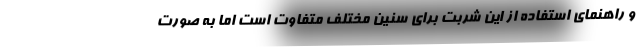
و راهنمای استفاده از این شربت برای سنین مختلف متفاوت است اما به صورت